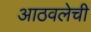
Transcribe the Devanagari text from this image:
आठवलेची